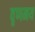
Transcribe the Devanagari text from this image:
वृणमय